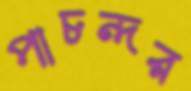
পাচন্দর